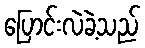
ပြောင်းလဲခဲ့သည်